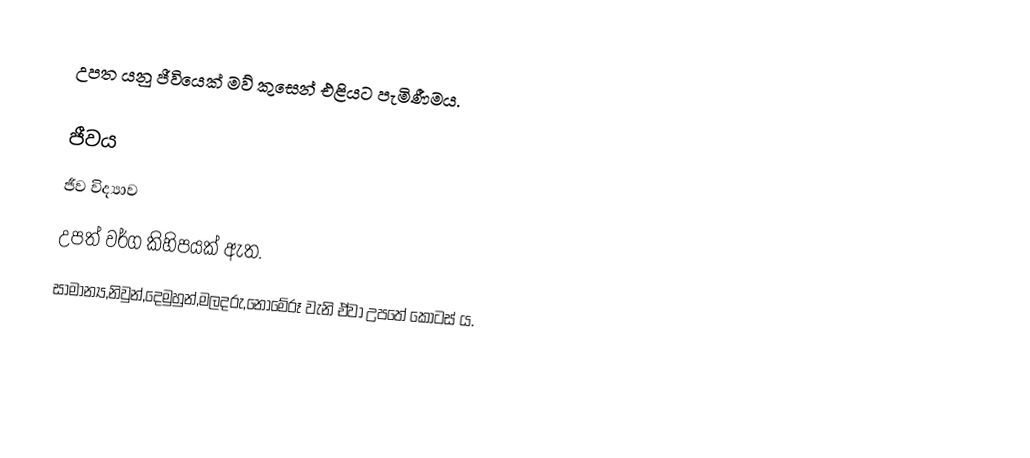
උපත යනු ජීවියෙක් මව් කුසෙන් එළියට පැමිණීමය.

ජීවය
ජීව විද්‍යාව
උපත් වර්ග කිහිපයක් ඇත.
සාමාන්‍ය,නිවුන්,දෙමුහුන්,මලදරු,නොමේරූ වැනි ඒවා උපතේ කොටස් ය.